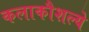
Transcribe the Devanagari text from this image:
कलाकौशल्ये